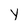
Character: y